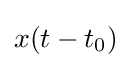
x(t-t_{0})